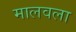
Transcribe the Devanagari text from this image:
मालवला